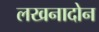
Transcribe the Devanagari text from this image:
लखनादोन